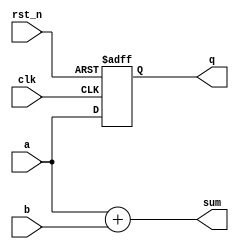
module combinational_sequential_example (
    input wire clk,          // Clock input
    input wire rst_n,       // Active low reset
    input wire [3:0] a,     // 4-bit input a
    input wire [3:0] b,     // 4-bit input b
    output reg [4:0] sum,   // 5-bit output for sum of a and b
    output reg [3:0] q      // 4-bit output registered value
);

// Combinational Logic: Sum of two 4-bit numbers
always @* begin
    sum = a + b;
end

// Sequential Logic: Registering input value
always @(posedge clk or negedge rst_n) begin
    if (!rst_n) begin
        q <= 4'b0; // Reset the value of q to 0
    end else begin
        q <= a;    // Register the value of a on rising edge of clock
    end
end

endmodule